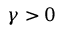
\gamma > 0